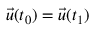
{ \vec { u } } ( t _ { 0 } ) = { \vec { u } } ( t _ { 1 } )